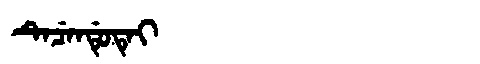
Manchu: ᡨᡝᠴᡝᠨᡩᡠᡨᡝᡳ
Romanization: TECENDUTEI